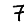
Digit: 7